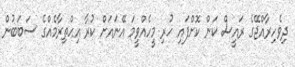
ދިވެހިރާއްޖޭގެ ރައީސް ކަން ކޮށްފައި ހުރި މީހެއްވީމަ އޭނައަށް ކުރާ އިހްތިރާމެއްގެ ސަބަބުން